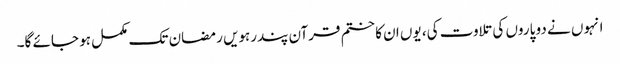
انہوں نے دو پاروں کی تلاوت کی، یوں ان کا ختم قرآن پندرہویں رمضان تک مکمل ہو جائے گا۔